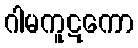
ဂါမကူဋကော